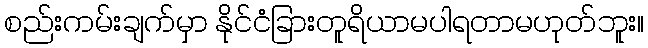
စည်းကမ်းချက်မှာ နိုင်ငံခြားတူရိယာမပါရတာမဟုတ်ဘူး။